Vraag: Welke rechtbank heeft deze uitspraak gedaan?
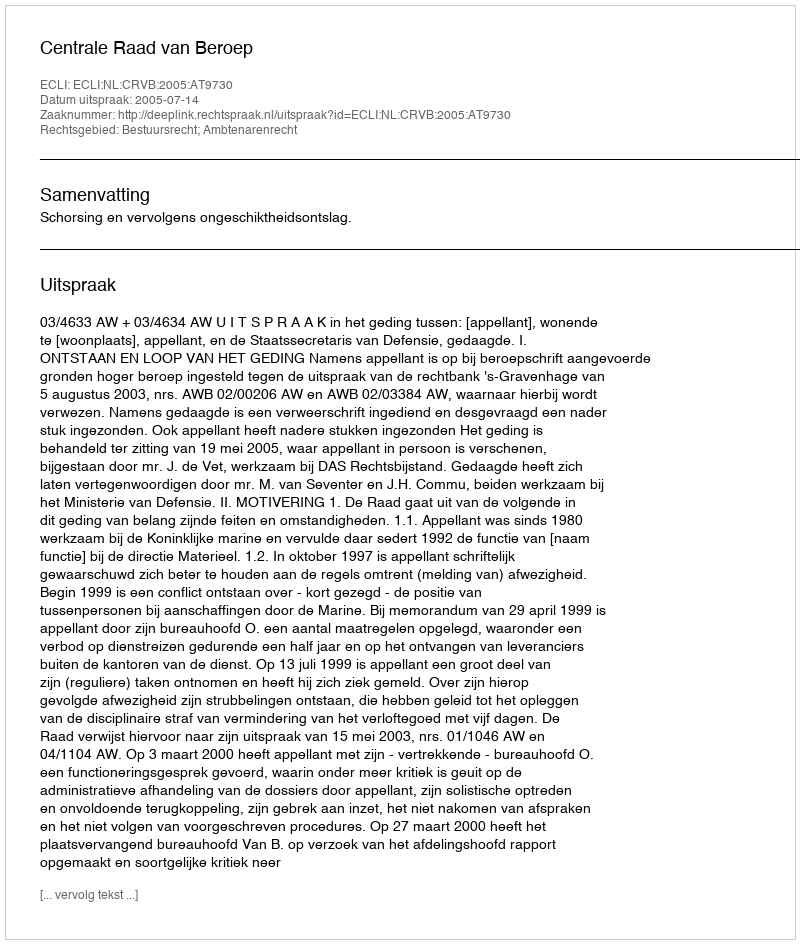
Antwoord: Centrale Raad van Beroep